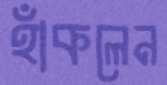
হাঁকলেন